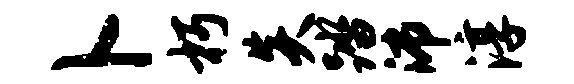
卜朽炎踏沛淳